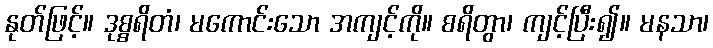
နုတ်ဖြင့်။ ဒုစ္စရိတံ၊ မကောင်းသော အကျင့်ကို။ စရိတွာ၊ ကျင့်ပြီး၍။ မနသာ၊